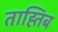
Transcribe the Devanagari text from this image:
ताह्तिब